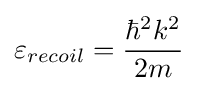
\varepsilon _{recoil}={\frac {\hbar ^{2}k^{2}}{2m}}